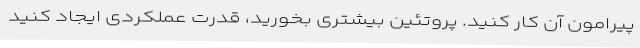
پیرامون آن کار کنید. پروتئین بیشتری بخورید، قدرت عملکردی ایجاد کنید